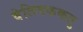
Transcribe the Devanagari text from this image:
वेलिक्ककतु